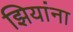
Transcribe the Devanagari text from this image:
झियांना